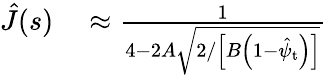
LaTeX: \begin{array}{rl}{\hat{J}(s)}&{{}\approx\frac{1}{4-2A\sqrt{2/\left[B\left(1-\hat{\psi}_{\mathrm{t}}\right)\right]}}}\end{array}